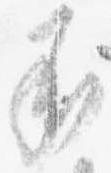
承